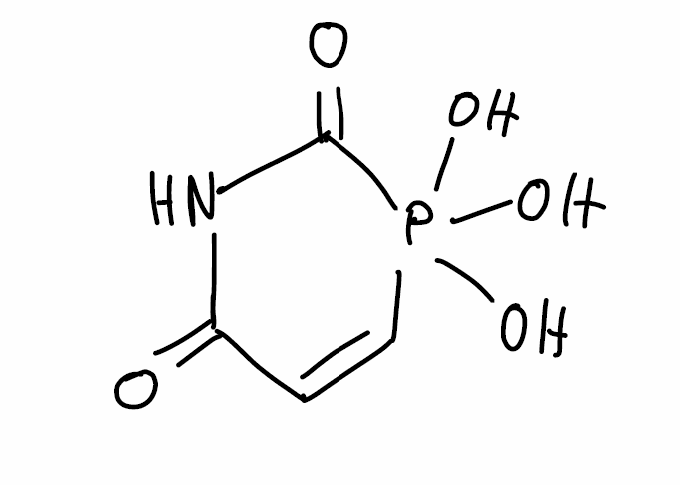
Simplified molecular-input line-entry system (SMILES) notation of the given molecule:
C1=CP(C(=O)NC1=O)(O)(O)O